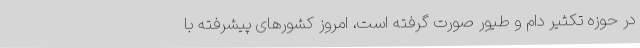
در حوزه تکثیر دام و طیور صورت گرفته است، امروز کشورهای پیشرفته با